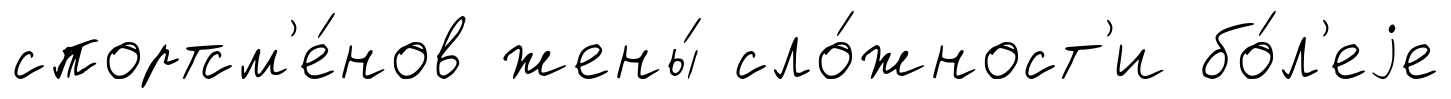
спортсм'е́нов жены́ сло́жност'и бо́л'еjе